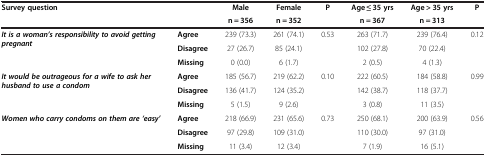
<table><thead><tr><td><b>Survey question</b></td><td><b> </b></td><td><b>Male</b></td><td><b>Female</b></td><td><b>P</b></td><td><b>Age ≤ 35 yrs</b></td><td><b>Age &gt; 35 yrs</b></td><td><b>P</b></td></tr><tr><td><b> </b></td><td><b> </b></td><td><b>n = 356</b></td><td><b>n = 352</b></td><td><b> </b></td><td><b>n = 367</b></td><td><b>n = 313</b></td><td><b> </b></td></tr></thead><tbody><tr><td rowspan="3"><b><i>It is a woman’s responsibility to avoid getting pregnant</i></b></td><td><b>Agree</b></td><td>239 (73.3)</td><td>261 (74.1)</td><td>0.53</td><td>263 (71.7)</td><td>239 (76.4)</td><td rowspan="3">0.12</td></tr><tr><td><b>Disagree</b></td><td>27 (26.7)</td><td>85 (24.1)</td><td> </td><td>102 (27.8)</td><td>70 (22.4)</td></tr><tr><td><b>Missing</b></td><td>0 (0.0)</td><td>6 (1.7)</td><td> </td><td>2 (0.5)</td><td>4 (1.3)</td></tr><tr><td rowspan="3"><b><i>It would be outrageous for a wife to ask her husband to use a condom</i></b></td><td><b>Agree</b></td><td>185 (56.7)</td><td>219 (62.2)</td><td>0.10</td><td>222 (60.5)</td><td>184 (58.8)</td><td rowspan="3">0.99</td></tr><tr><td><b>Disagree</b></td><td>136 (41.7)</td><td>124 (35.2)</td><td> </td><td>142 (38.7)</td><td>118 (37.7)</td></tr><tr><td><b>Missing</b></td><td>5 (1.5)</td><td>9 (2.6)</td><td> </td><td>3 (0.8)</td><td>11 (3.5)</td></tr><tr><td rowspan="2"><b><i>Women who carry condoms on them are ‘easy’</i></b></td><td><b>Agree</b></td><td>218 (66.9)</td><td>231 (65.6)</td><td>0.73</td><td>250 (68.1)</td><td>200 (63.9)</td><td rowspan="2">0.56</td></tr><tr><td><b>Disagree</b></td><td>97 (29.8)</td><td>109 (31.0)</td><td> </td><td>110 (30.0)</td><td>97 (31.0)</td></tr><tr><td> </td><td><b>Missing</b></td><td>11 (3.4)</td><td>12 (3.4)</td><td> </td><td>7 (1.9)</td><td>16 (5.1)</td><td> </td></tr></tbody></table>